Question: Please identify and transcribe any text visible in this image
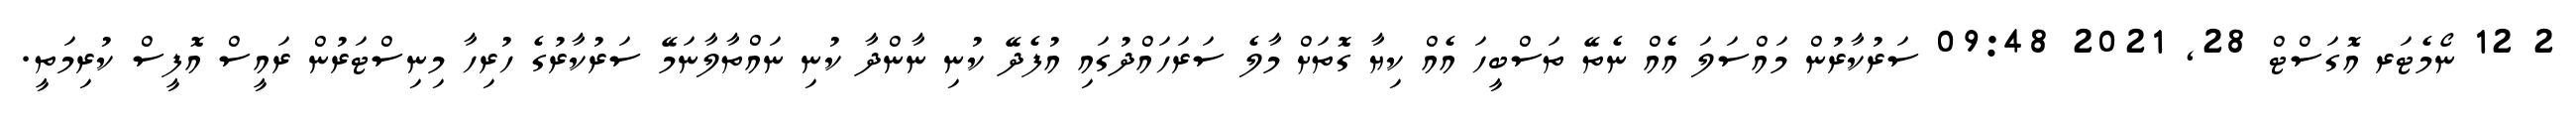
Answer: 2 12 ނޯމެޓަރ އޮގަސްޓް 28, 2021 09:48 ސަރުކާރުން މައްސަލަ އެއް ނެތޭ ތަސްބީހަ އެއް ކިޔާ ގޮތަށް މާލެ ސަރަހައްދުގައި އުފެދޭ ކުނި ނާންދާ ކުނި ނައްތާލާނަމޭ ސަރުކާރުގެ ހުރިހާ މިނިސްޓަރުން ރައީސް އޮފީސް ކުރިމަތީ.